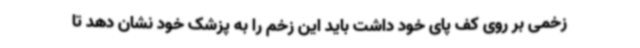
زخمی بر روی کف پای خود داشت باید این زخم را به پزشک خود نشان دهد تا